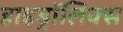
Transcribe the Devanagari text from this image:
हाइड्रॉलिक्स